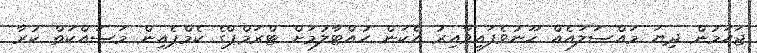
ޖަހަމުން ދިޔަ މައްސަލައެއް ހޫނުވެފައިވާއިރު އެކަން ހުއްޓާލުމަށް ޓްރަމްޕްގެ ކެމްޕެއިން މަސައްކަތް ކުރާ